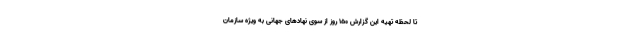
تا لحظه تهیه این گزارش ۱۵۰ روز از سوی نهادهای جهانی به ویژه سازمان